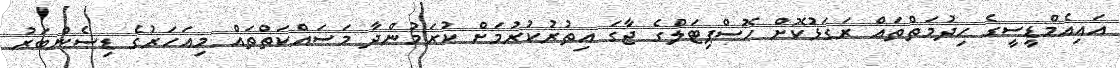
އައިއެމްޑީސީގެ ހިދުމަތްތައް ރަގަޅުކޮށް ހޮސްޕިޓަލްގެ ޖާގަ އިތުރުކުރުމަށް ކުރަމުންދާ މަަސައްކަތްތައް މިއަހަރުގެ ޑިސެންބަރު